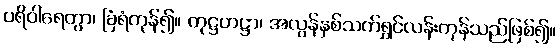
ပရိဝါရေတွာ၊ ခြံရံကုန်၍။ တုဋ္ဌဟဋ္ဌာ၊ အလွန်နှစ်သက်ရွှင်လန်းကုန်သည်ဖြစ်၍။